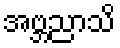
အဗ္ဘညာသိ